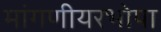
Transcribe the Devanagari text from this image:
मांगणीयरभोपा